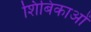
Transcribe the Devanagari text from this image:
शिबिकाओं